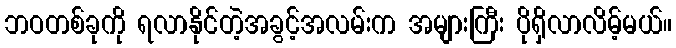
ဘဝတစ်ခုကို ရလာနိုင်တဲ့အခွင့်အလမ်းက အများကြီး ပိုရှိလာလိမ့်မယ်။